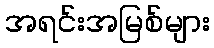
အရင်းအမြစ်များ